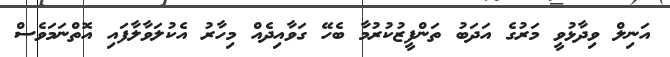
އަނިލް ވިދާޅުވީ މަރުގެ އަދަބު ތަންފީޒުކުރުމާ ބެހޭ ގަވާއިދެއް މިހާރު އެކުލަވާލާފައި އޮތްނަމަވެސް